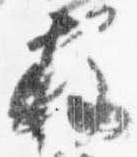
柱